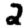
Digit: 2